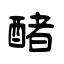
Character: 醏